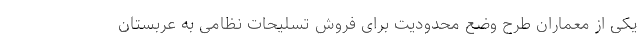
یکی از معماران طرح وضع محدودیت برای فروش تسلیحات نظامی به عربستان